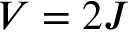
V = 2 J